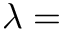
\lambda =